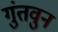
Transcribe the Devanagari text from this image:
गुंतवुन